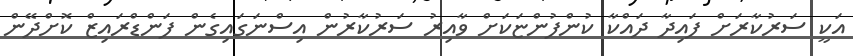
އަކީ ސަރުކާރަށް ފައިދާ ދައްކާ ކުންފުންޏަކަށް ވާއިރު ސަރުކާރުން އިސްނަގައިގެން ފަންޑްރައިޒް ކޮށްދޭން